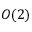
O ( 2 )